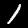
Digit: 1